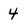
Character: 4